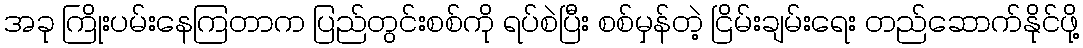
အခု ကြိုးပမ်းနေကြတာက ပြည်တွင်းစစ်ကို ရပ်စဲပြီး စစ်မှန်တဲ့ ငြိမ်းချမ်းရေး တည်ဆောက်နိုင်ဖို့